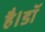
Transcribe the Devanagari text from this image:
है।डॉ